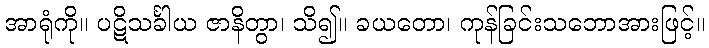
အာရုံကို။ ပဋိသင်္ခါယ ဇာနိတွာ၊ သိ၍။ ခယတော၊ ကုန်ခြင်းသဘောအားဖြင့်။